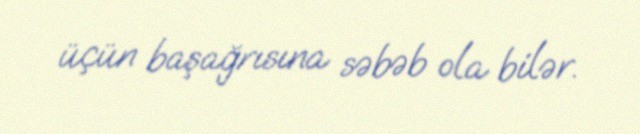
üçün başağrısına səbəb ola bilər.